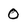
Character: 0